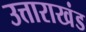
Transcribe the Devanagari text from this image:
उत्ताराखंड